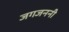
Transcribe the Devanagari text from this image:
जगजननी